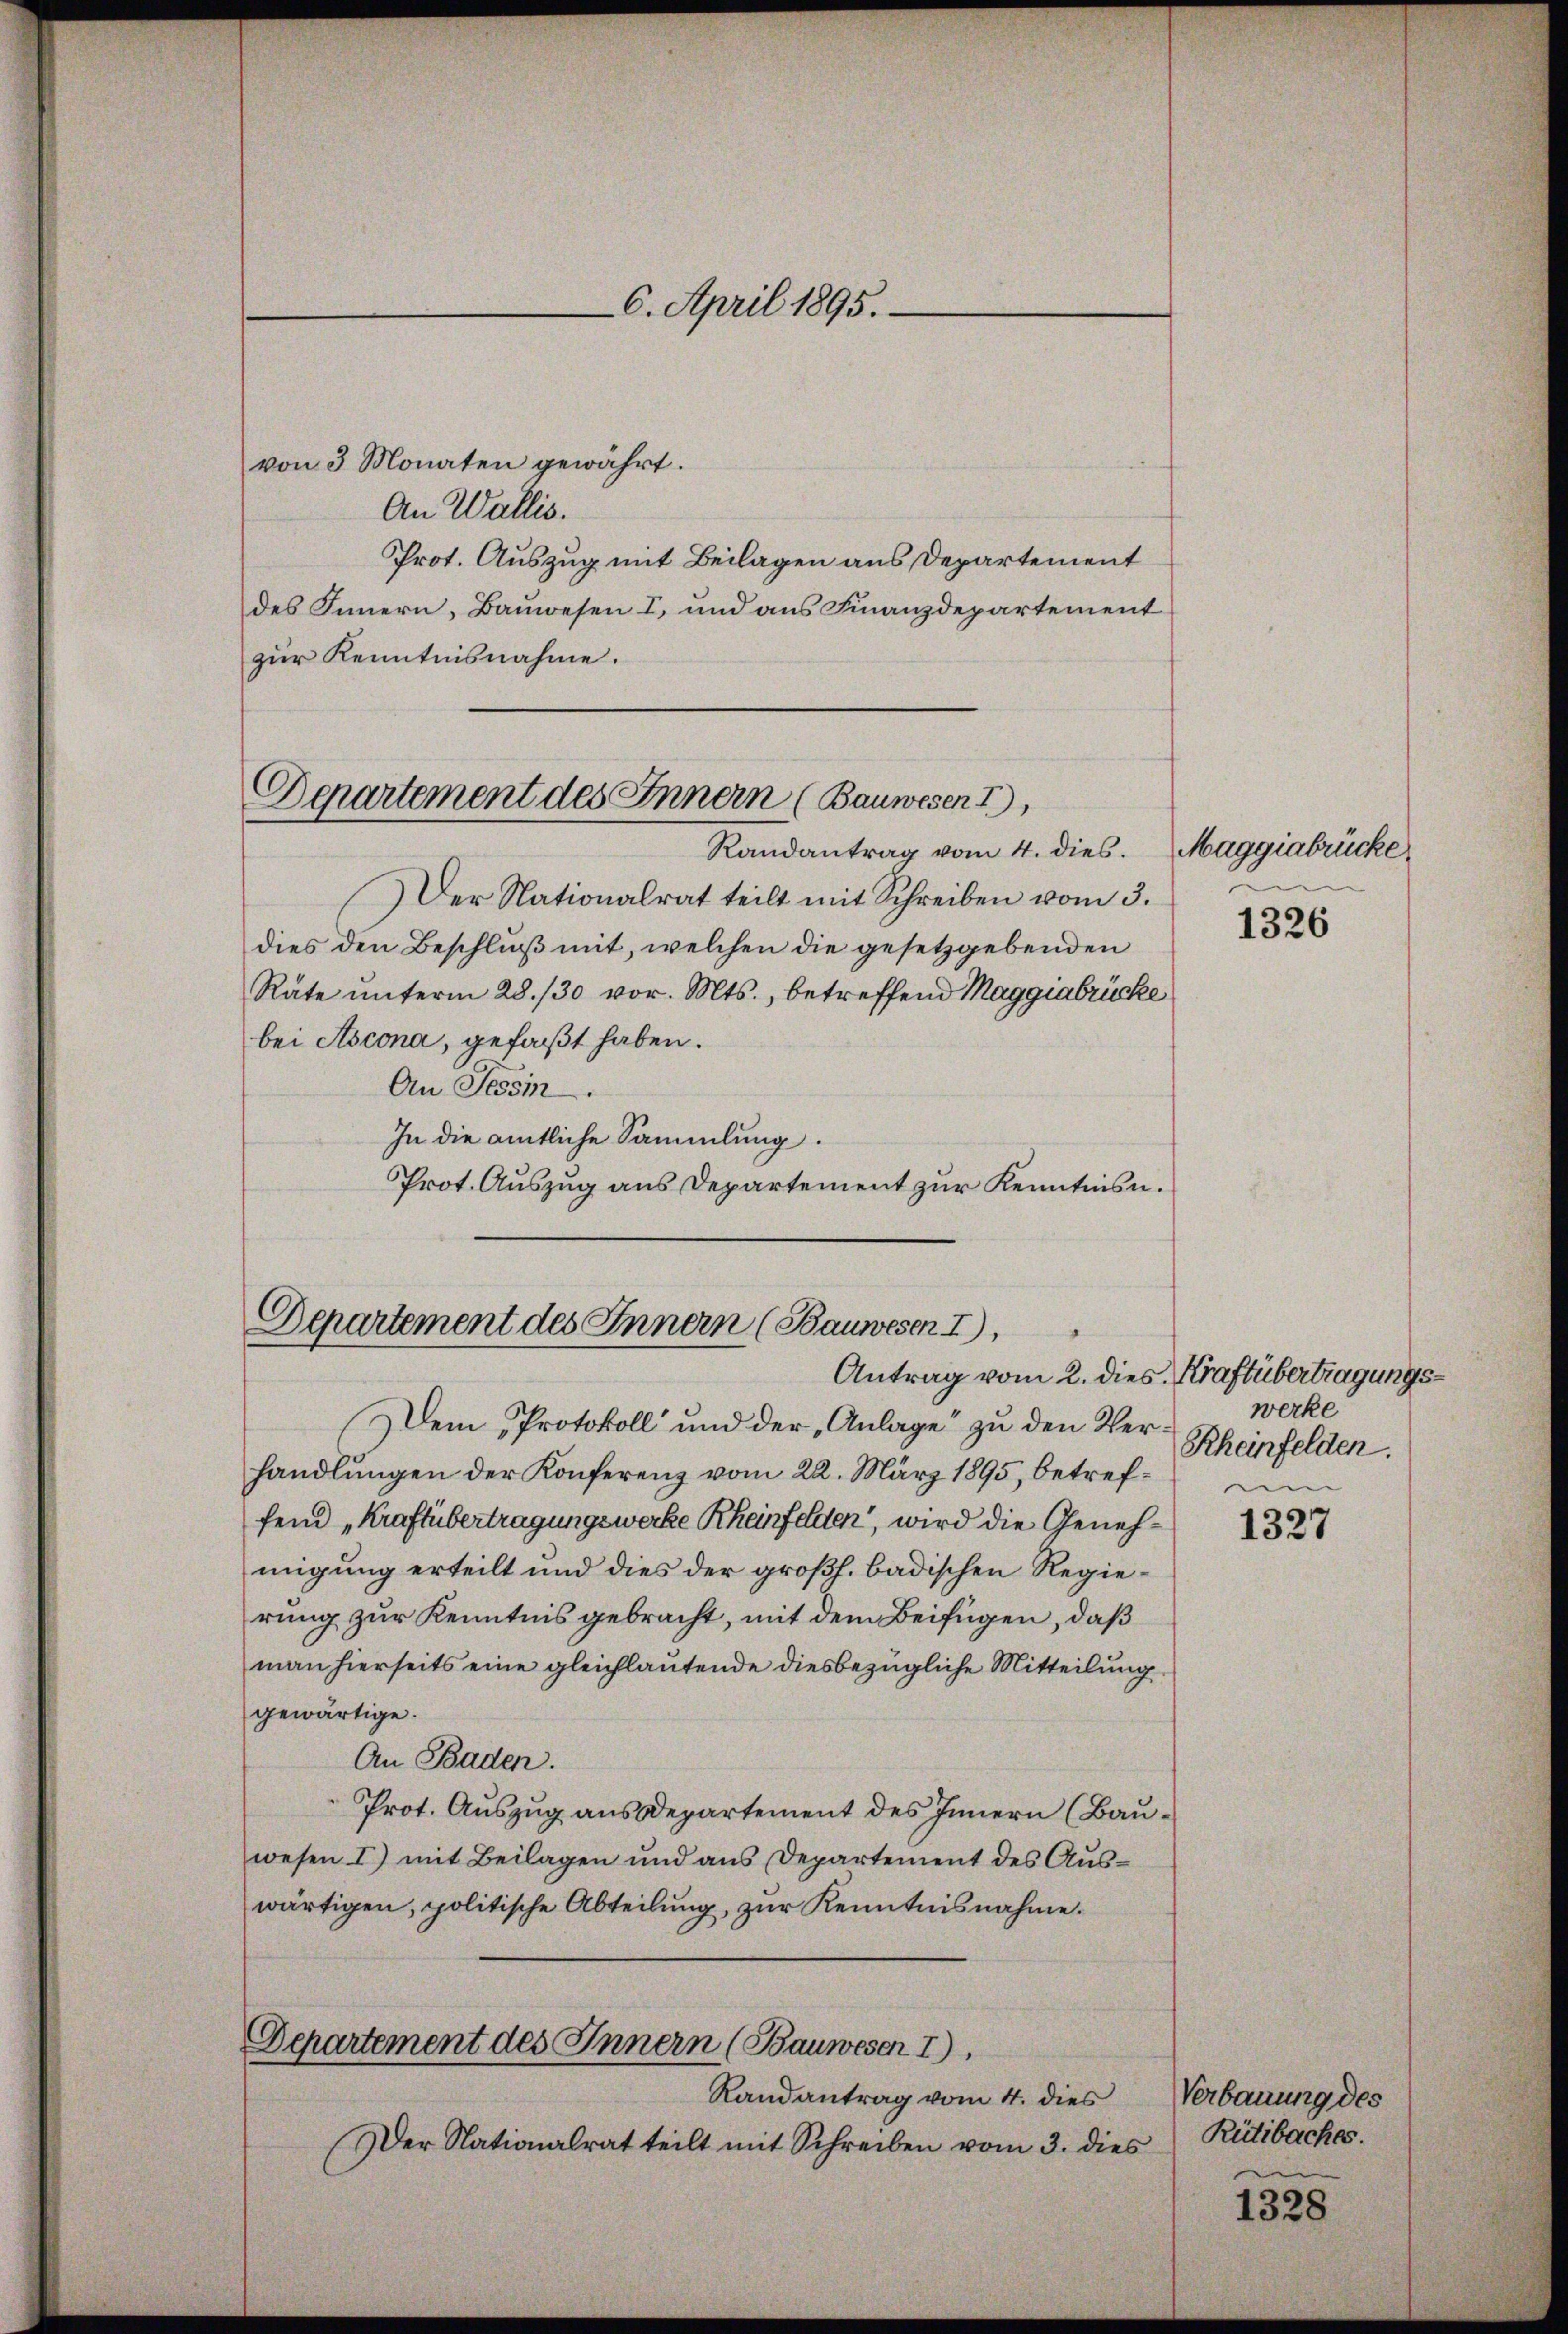
6. April 1895.

von 3 Monaten gewährt.
An Wallis.
Prot. Auszug mit Beilagen aus Departement
des Innern, Bauwesen I, und aus Finanzdepartement
zur Kenntnisnahme.

Departement des Innern (Bauwesen I,
Randantrag vom 4. dies. Maggiabrücke,

Der Nationalrat teilt mit Schreiben vom 3.
dies den Beschluß mit, welchen die gesetzgebenden
Räte ŭnterm 28. 130 vor. Mts., betreffend Maggiabrücke
bei Ascona, gefaßt haben.
An Tessi
In die amtliche Sammlung.
Prot. Auszug aus Departement zur Kenntnisn.

Departement des Innern (Bauwesen I),

Dem Protokoll und der Anlage zu den Verhandlŭngen der Konferenz vom 22. März 1895 betref- un
fend Kraftübertragungswerke Rheinfelden, wird die Genehmigung erteilt und dies der großh. badischen Regierung zur Kenntnis gebracht, mit dem Beifügen, daß
man hierseits eine gleichlautende diesbezügliche Mitteilung
gewärtige.
An Baden.
Prot. Auszug aus Departement des Innern (Bauwesen I) mit Beilagen und aus Departement des Auswärtigen, politische Abteilung, zur Kenntnisnahme.

Departement des Innern (Bauwesen I).

Randantrag vom 4. dies
Der Nationalrat teilt mit Schreiben vom 3. dies

1326

Antrag vom 2. dies Kraftübertragungswerke
Rheinfelden.

1327

Verbauung des
Rütibaches.

1328